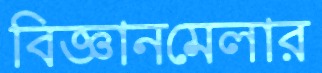
বিজ্ঞানমেলার